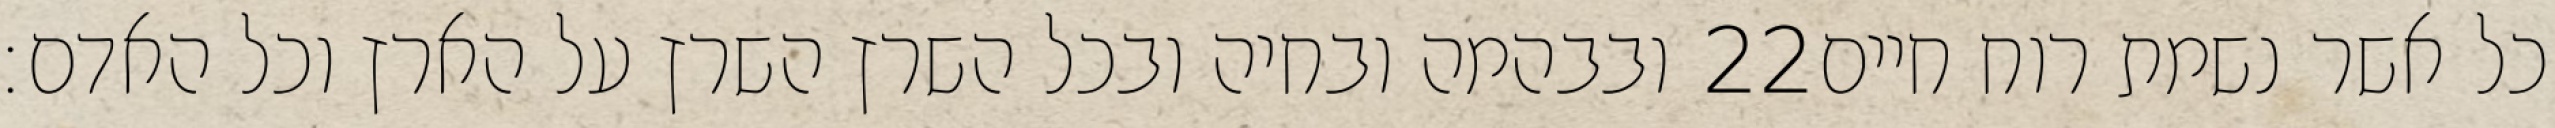
ובבהמה ובחיה ובכל השרץ השרץ על הארץ וכל האדם׃ ‎22‏ כל אשר נשמת רוח חיים